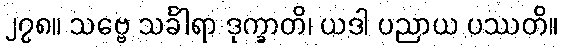
၂၇၈။ သဗ္ဗေ သင်္ခါရာ ဒုက္ခာတိ၊ ယဒါ ပညာယ ပဿတိ။